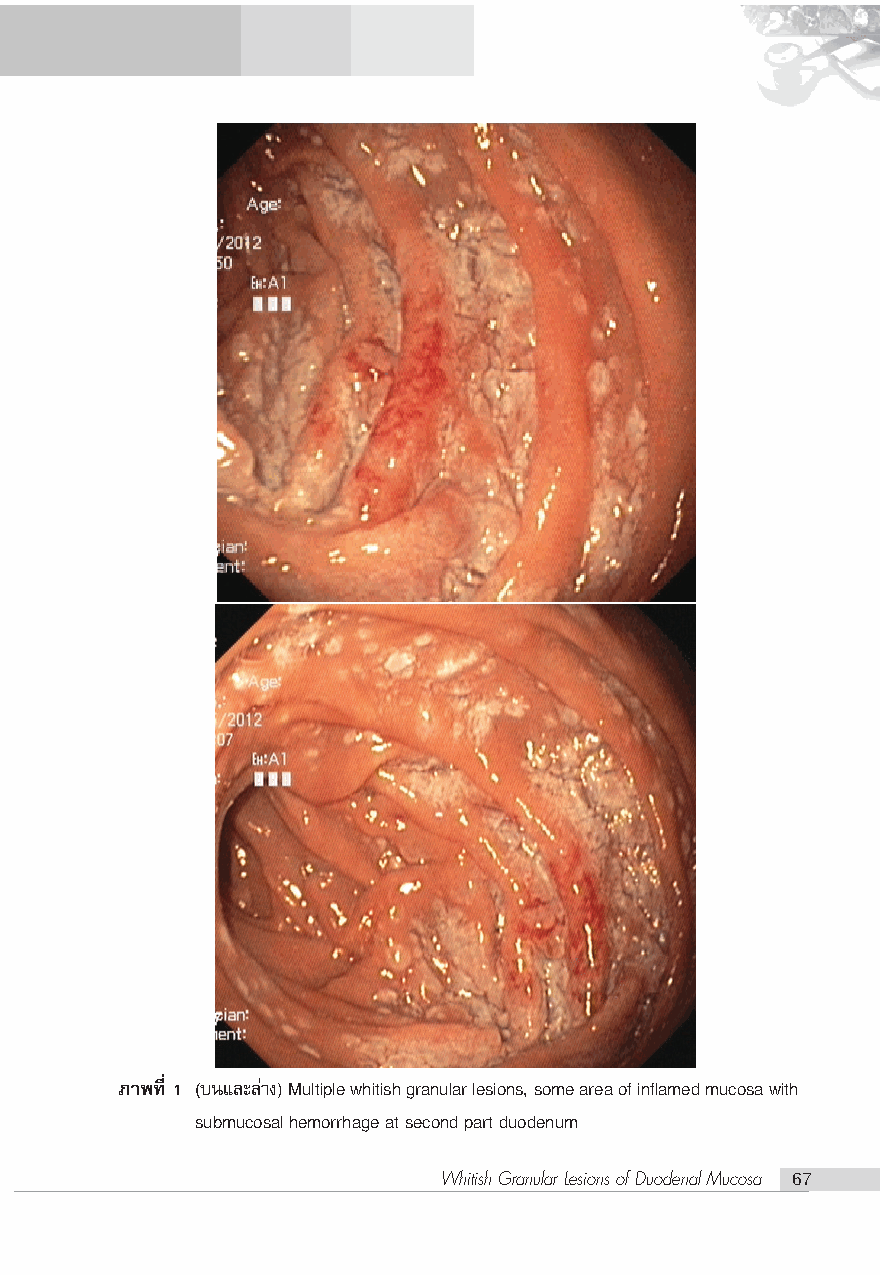
¿“æ∑’Ë 1 (∫π·≈–≈à“ß) Multiple whitish granular lesions, some area of inflamed mucosa with
 submucosal hemorrhage at second part duodenum
 Whitish Granular Lesions of Duodenal Mucosa 67